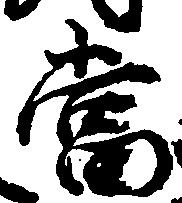
当